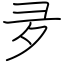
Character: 夛